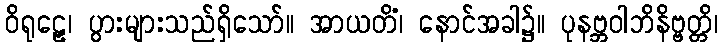
ဝိရုဠှေ၊ ပွားများသည်ရှိသော်။ အာယတိံ၊ နောင်အခါ၌။ ပုနဗ္ဘဝါဘိနိဗ္ဗတ္တိ၊